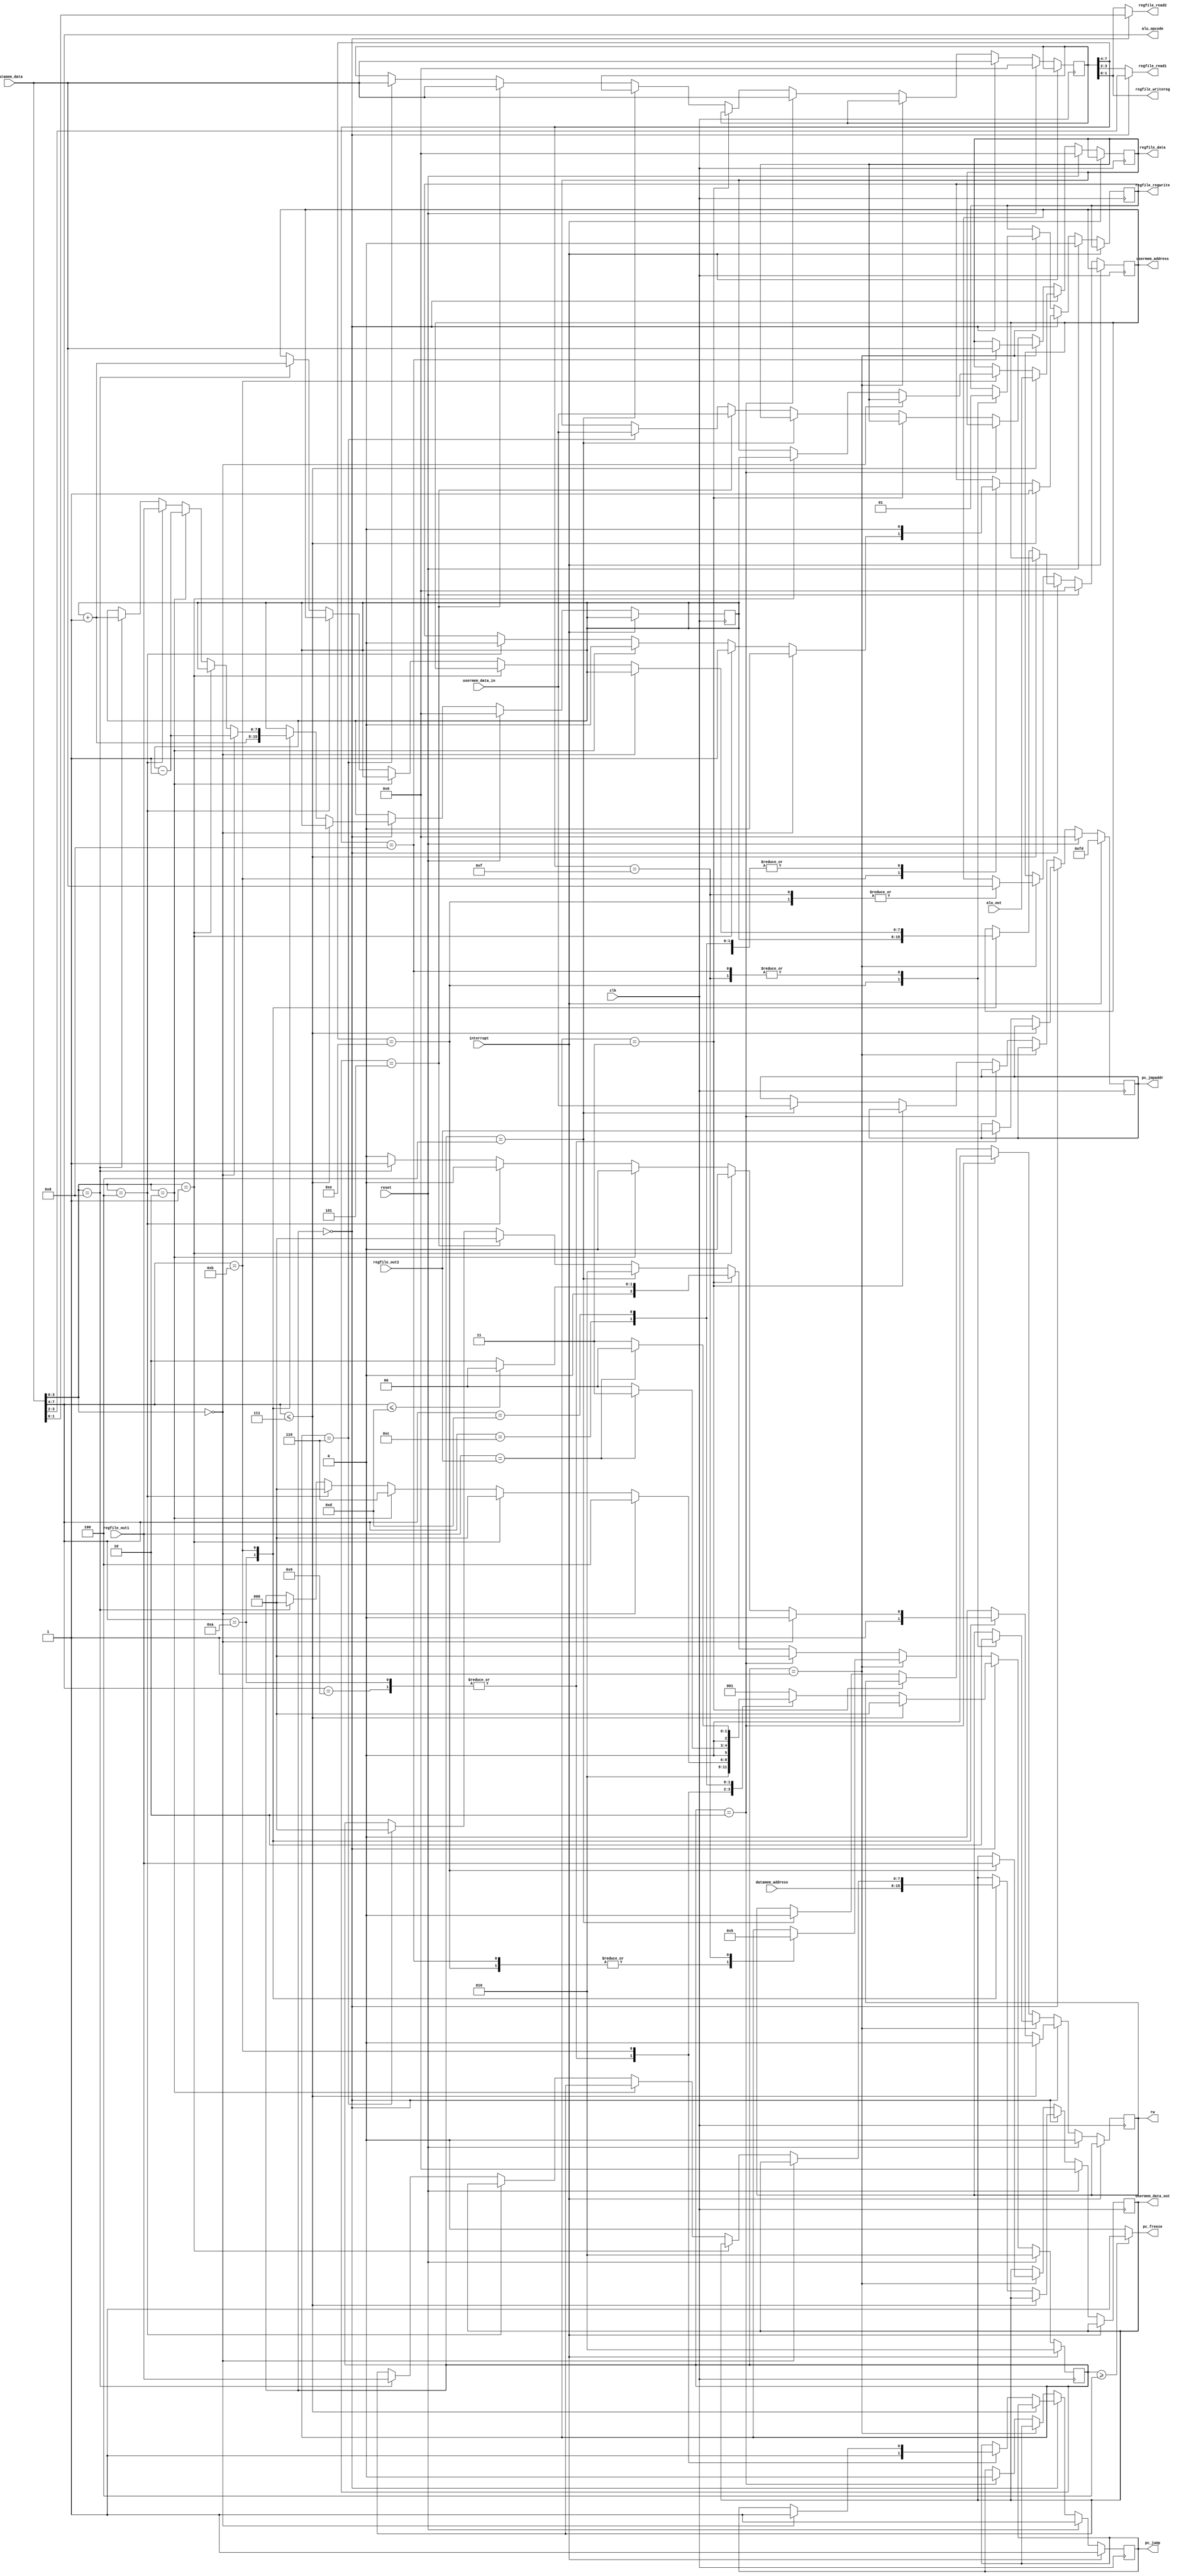
module control (input clk, reset, interrupt,
                input [7:0] datamem_data, datamem_address, regfile_out1, 
                input [7:0] regfile_out2, alu_out, usermem_data_in,
                output reg [3:0] alu_opcode,
                output reg [7:0] regfile_data,usermem_data_out,
                output reg [1:0] regfile_read1, regfile_read2, regfile_writereg,
                output reg [7:0] usermem_address, pc_jmpaddr,
                output reg rw, regfile_regwrite, pc_jump, pc_freeze);
    /* Parameters */
    parameter state0 = 3'h0;
    parameter state1 = 3'h1;
    parameter state2 = 3'h2;
    parameter state3 = 3'h3;
    parameter state4 = 3'h4;
    parameter state5 = 3'h5;
    parameter state6 = 3'h6;
    /* Flags */
    reg [2:0] stage;
    reg [7:0] instruction_c;
    reg [7:0] instruction;
    reg [7:0] sp;
    reg is_onecyc, is_alu;
    reg eq;
    /* Combinational logic goes here */
    always @(*) begin
        instruction_c <= datamem_data;
        is_alu <= (instruction_c[7:4] <= 4'h7);
        is_onecyc <= (instruction_c[7:4] <= 4'hd);
        alu_opcode <= instruction_c[7:4];
        regfile_read1 <= (stage == state0) ? instruction_c[3:2] : instruction[3:2];
        regfile_read2 <= (stage == state0) ? instruction_c[1:0] : instruction[1:0];
        regfile_writereg <= instruction[1:0];
        eq <= (regfile_out1 == regfile_out2);
		  pc_freeze <= (stage >= state4) ? 1 : 0;
    end
    always @(posedge clk)
        if(interrupt == 1)
        begin
            pc_jump <= 1;
            pc_jmpaddr <= 8'hfd;
            stage <= state2;
        end
        /* Check for reset*/
        else if(reset == 1)
        begin
            sp <= 0;
            {instruction, regfile_data, usermem_data_out, usermem_address} <= 8'b0;
            {rw, regfile_regwrite} <= 1'b0;
            pc_jump <= 1;
            pc_jmpaddr <= 8'b0;
            stage <= state2;
        end
        /* Stage 1: Fetch instruction, execute it in case it does not require an operand: */
        else if (stage == state0)
        begin
            rw <= 0;
            instruction <= datamem_data;
            if (is_alu)
            begin
                rw <= 0;
                regfile_regwrite <= 1;
                regfile_data <= alu_out;
                stage <= state0;
            end
            else if (is_alu == 0) begin
                case (instruction_c[7:4])
                    4'h9 /* JMP/NOP */:
                    begin
                        pc_jmpaddr <= regfile_out2;
                        regfile_regwrite <= 0;
                        pc_jump <= 1;
                        stage <= state2;
                    end
                    4'ha /* CALL */:
                    begin
                        rw <= 1;
                        sp <= sp + 1;
                        usermem_address <= sp;
                        usermem_data_out <= datamem_address;
                        pc_jmpaddr <= regfile_out2;
                        regfile_regwrite <= 0;
                        pc_jump <= 1;
                        stage <= state2;
                    end
                    4'hb /* RTS */:
                    begin
                                if(instruction_c[3:0] == 4'h0) begin
                                    pc_jump <= 1;
                                    sp <= sp - 1;
                                    usermem_address <= sp;
                                    regfile_regwrite <= 0;
                                    stage <= state4;
                                end
                                else if(instruction_c[3:0] == 4'h1) begin
                                    /* STSP (b)*/
                                    regfile_regwrite <= 1;
                                    regfile_data <= sp;
                                    stage <= state0;
                                end
                                else if(instruction_c[3:0] == 4'h2) begin
                                    /* POP (c) */
                                    sp <= sp - 1;
                                    usermem_address <= sp;
                                    regfile_regwrite <= 1;
                                    regfile_regwrite <= 0;
                                    stage <= state6;
                                end
                                else if(instruction_c[3:0] == 4'h4) begin
                                    /* LDSP (b) */
                                    regfile_regwrite <= 0;
                                    sp <= regfile_out1;
                                    stage <= state0;
                                end
                                else if(instruction_c[3:0] == 4'h8) begin
                                    /* PUSH (c) */
                                    rw <= 1;
                                    sp <= sp + 1;
                                    usermem_address <= sp + 1;
                                    usermem_data_out <= regfile_out1;
                                    stage <= state0;
                                end
                    end
                    4'hc /* IEQ */:
                    begin
                        regfile_regwrite <= 0;
                        if(eq)
                        begin
                            stage <= state3;
                        end
                        else 
                            stage <= state0;
                    end
                    4'hd /* INE */:
                    begin
                        regfile_regwrite <= 0;
                        if(eq == 0)
                        begin
                            stage <= state3;
                        end
                        else
                            stage <= state0;
                    end
                    default:  stage <= state1;
                endcase
            end
        end
        /* Stage 2: Fetch the operand and execute the relevant instruction: */
        else if (stage == state1)
        begin
            case (instruction[7:4])
                4'h8 /* LD */:
                begin
                    rw <= 0;
                    regfile_regwrite <= 1;
                    regfile_data <= datamem_data;
                    stage <= state0;
                end
                4'he /* ST */:
                begin
                    rw <= 1;
                    regfile_regwrite <= 0;
                    usermem_address <= datamem_data;
                    usermem_data_out <= regfile_out1;
                    stage <= state0;
                end
                4'hf /* LDUMEM */:
                begin
                    rw <= 0;
                    usermem_address <= datamem_data;
                    regfile_regwrite <= 1;
                    stage <= state5;
                end
            endcase
        end
        else if(stage == state2)
        begin
            rw <= 0;
            instruction <= datamem_data;
            pc_jump <= 0;
            stage <= state0;
        end
        else if(stage == state3)
        begin
            /* Skip an instruction */
            if(is_onecyc)
                stage <= state0;
            else
                stage <= state2;
        end
        else if(stage == state4)
        begin
            /* Execute RTS */
            rw <= 0;
            pc_jmpaddr <= usermem_data_in;
            stage <= state2;
        end
        else if(stage == state5)
        begin
            /* LDUMEM */
            instruction <= datamem_data;
            regfile_data <= usermem_data_in;
            stage <= state0;
        end
        else if(stage == state6)
        begin
            /* POP (c) */
            instruction <= datamem_data;
            regfile_data <= usermem_data_in;
            stage <= state0;
        end
endmodule